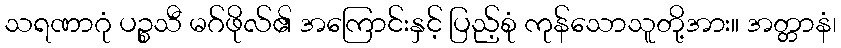
သရဏာဂုံ ပဉ္စသီ မဂ်ဖိုလ်၏ အကြောင်းနှင့် ပြည့်စုံ ကုန်သောသူတို့အား။ အတ္တာနံ၊